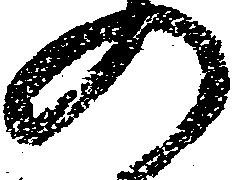
の